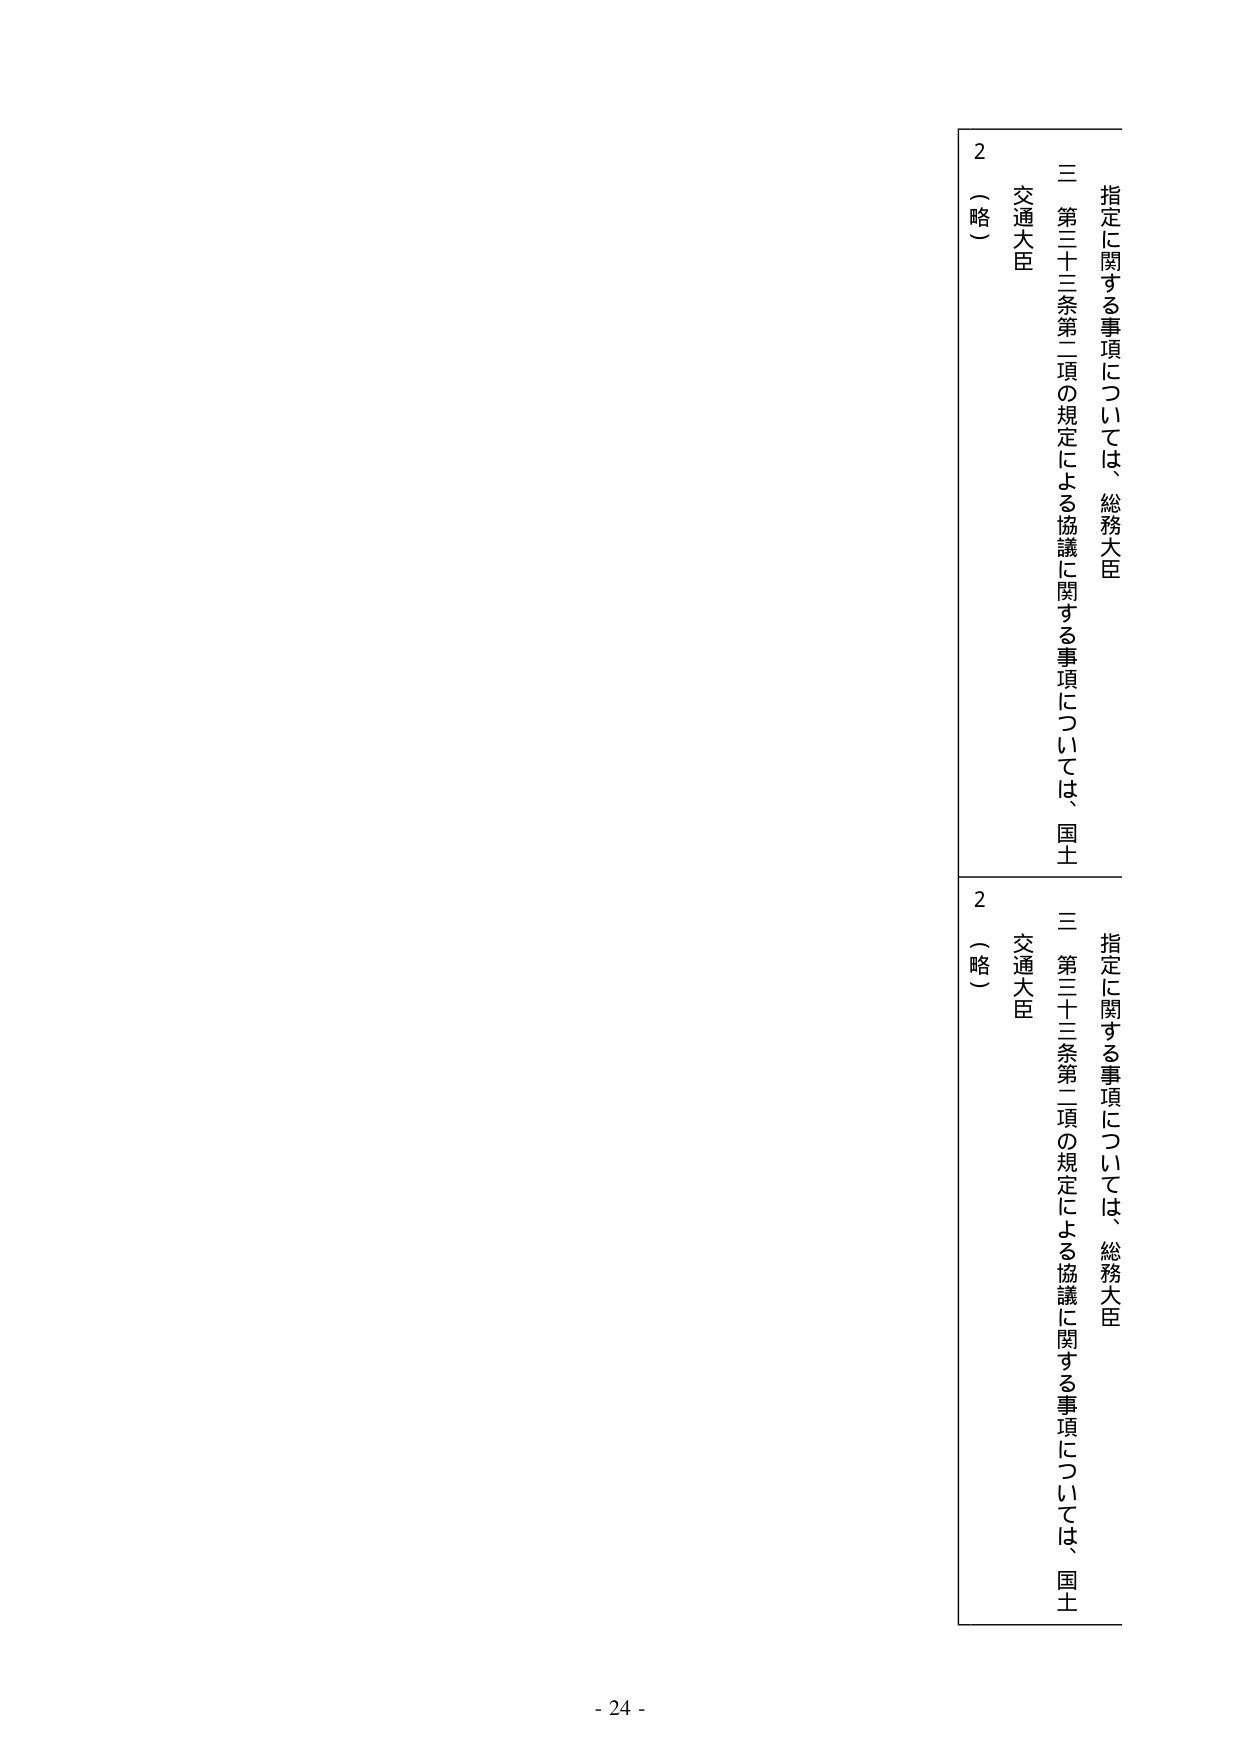
指定に関する事項については、総務大臣
三 第三十三条第二項の規定による協議に関する事項については、国土
交通大臣
2 （略）

指定に関する事項については、総務大臣
三 第三十三条第二項の規定による協議に関する事項については、国土
交通大臣
2 （略）

- 24 -